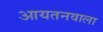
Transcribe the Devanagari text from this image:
आयतनवाला